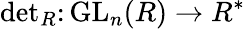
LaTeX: {\mathrm{det}}_{R}\colon{\mathrm{GL}}_{n}(R)\to R^{*}